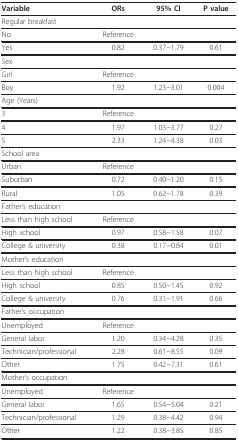
| Variable | ORs | 95% CI | P value |
 | --- | --- | --- | --- |
 | Regular breakfast |  |  |  |
 | No | Reference |  |  |
 | Yes | 0.82 | 0.37~1.79 | 0.61 |
 | Sex |  |  |  |
 | Girl | Reference |  |  |
 | Boy | 1.92 | 1.23~3.01 | 0.004 |
 | Age (Years) |  |  |  |
 | 3 | Reference |  |  |
 | 4 | 1.97 | 1.03~3.77 | 0.27 |
 | 5 | 2.33 | 1.24~4.38 | 0.03 |
 | School area |  |  |  |
 | Urban | Reference |  |  |
 | Suburban | 0.72 | 0.40~1.20 | 0.15 |
 | Rural | 1.05 | 0.62~1.78 | 0.39 |
 | Father's education |  |  |  |
 | Less than high school | Reference |  |  |
 | High school | 0.97 | 0.58~1.58 | 0.07 |
 | College & university | 0.38 | 0.17~0.84 | 0.01 |
 | Mother's education |  |  |  |
 | Less than high school | Reference |  |  |
 | High school | 0.85 | 0.50~1.45 | 0.92 |
 | College & university | 0.76 | 0.31~1.91 | 0.66 |
 | Father's occupation |  |  |  |
 | Unemployed | Reference |  |  |
 | General labor | 1.20 | 0.34~4.28 | 0.35 |
 | Technician/professional | 2.28 | 0.61~8.55 | 0.09 |
 | Other | 1.75 | 0.42~7.31 | 0.61 |
 | Mother's occupation |  |  |  |
 | Unemployed | Reference |  |  |
 | General labor | 1.65 | 0.54~5.04 | 0.21 |
 | Technician/professional | 1.29 | 0.38~4.42 | 0.94 |
 | Other | 1.22 | 0.38~3.85 | 0.85 |